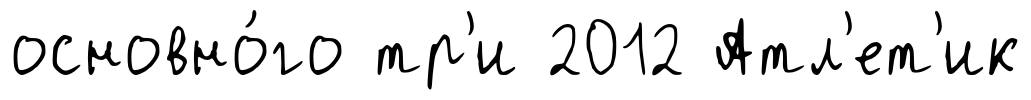
основно́го тр'и 2012 Атл'ет'ик